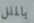
بالملل